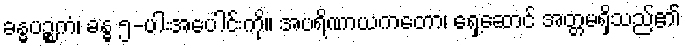
ခန္ဓပဉ္စကံ၊ ခန္ဓ ၅-ပါးအပေါင်းကို။ အပရိဏာယကတော၊ ရှေ့ဆောင် အတ္တမရှိသည်၏